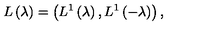
L \left( \lambda \right) = \left( L ^ { 1 } \left( \lambda \right) , L ^ { 1 } \left( - \lambda \right) \right) ,